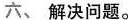
六、解决问题。